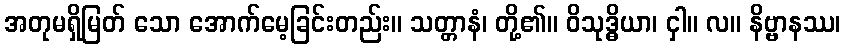
အတုမရှိမြတ် သော အောက်မေ့ခြင်းတည်း။ သတ္တာနံ၊ တို့၏။ ဝိသုဒ္ဓိယာ၊ ငှါ။ လ။ နိဗ္ဗာနဿ၊